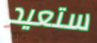
ستعيد